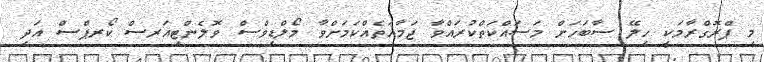
މި ޕްރޮގްރާމަކީ ހިލޭ ސާބަހަށް މަސައްކަތްކުރައްވާ ޖަމާއަތެއްކަމަށްވާ މޯލްޑިވްސް ވޮލެންޓިއަރސް ކޯރޕްސް އަދި